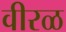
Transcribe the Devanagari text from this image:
वीरळ